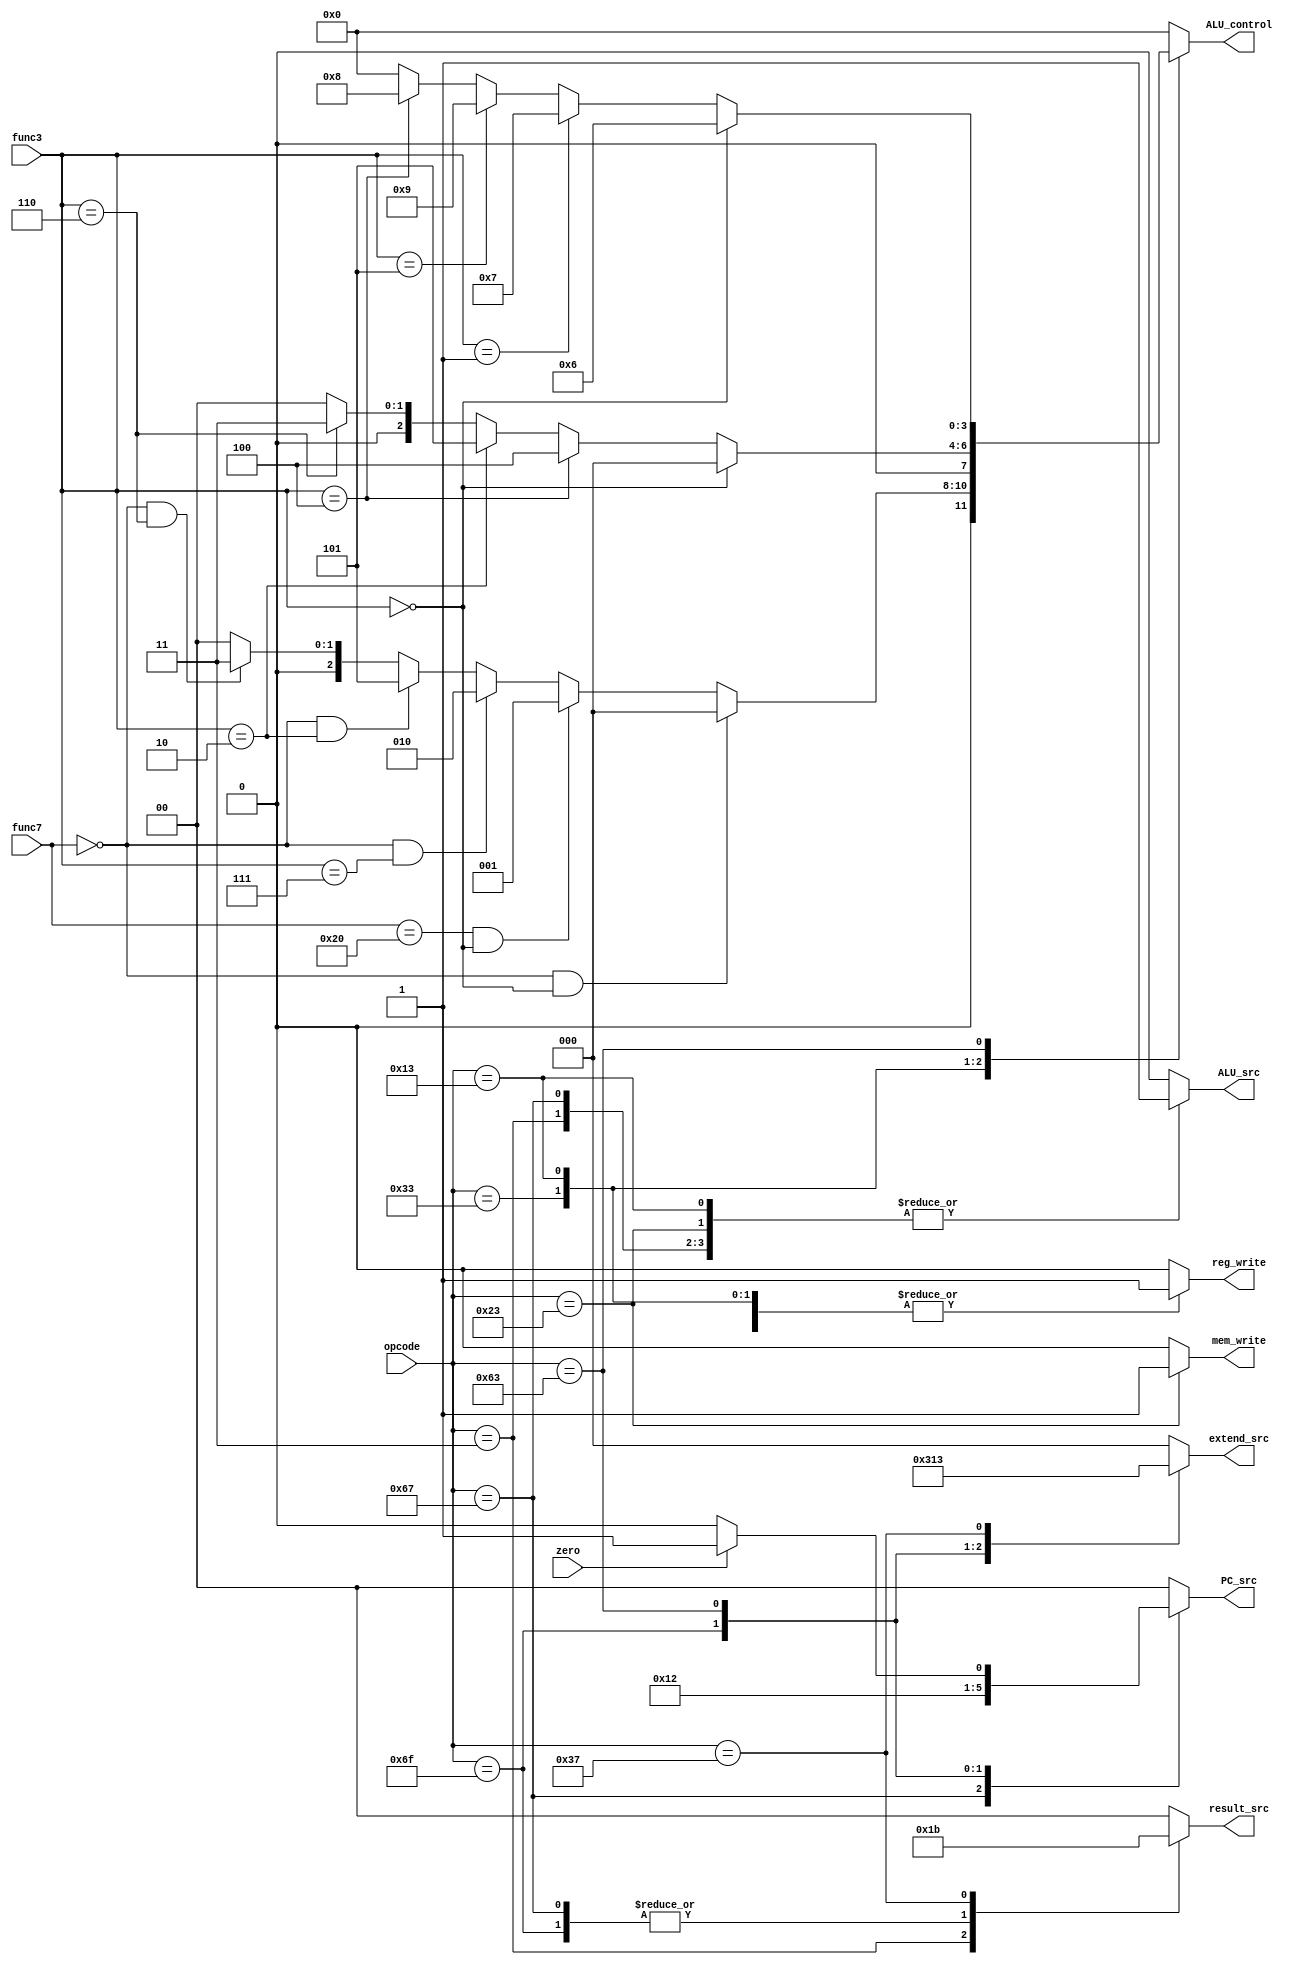
module Controller (
    input [6:0] opcode,
    input [2:0] func3,
    input [6:0] func7,
    input zero,

    output reg [1:0] PC_src,
    output reg [1:0] result_src,
    output reg mem_write,
    output reg [3:0] ALU_control,
    output reg ALU_src,
    output reg [2:0] extend_src,
    output reg reg_write
);
    parameter [6:0]
    R_TYPE = 7'b0110011, //add, sub, and, or, slt
    I_TYPE = 7'b0010011, //addi, xori, ori, slti,
    LW = 7'b0000011,
    JALR = 7'b1100111,
    SW = 7'b0100011,
    JAL = 7'b1101111,
    B_TYPE = 7'b1100011, // beq, bne, blt, bge
    LUI = 7'b0110111;

    parameter [3:0] ADD = 0, SUB = 1, AND = 2, OR = 3, XOR = 4, SLT = 5, beq = 6, bne = 7, blt = 8, bge = 9;
    parameter [2:0] EXTEND_I_TYPE = 0, EXTEND_S_TYPE = 1, EXTEND_B_TYPE = 2, EXTEND_U_TYPE = 3, EXTEND_J_TYPE = 4;

    always @(opcode, func3, func7, zero) begin
        {PC_src,result_src,mem_write,ALU_control,ALU_src,extend_src,reg_write} = 14'b0;

        case (opcode)
            R_TYPE: begin
                reg_write = 1;
                if(func7 == 7'b0 & func3 == 3'b0) // add
                    ALU_control = ADD;
                else if(func7 == 7'b0100000 & func3 == 3'b0)
                    ALU_control = SUB;
                else if(func7 == 7'b0 & func3 == 3'b111)
                    ALU_control = AND;
                else if(func7 == 7'b0 & func3 == 3'b010)
                    ALU_control = SLT;
                else if(func7 == 7'b0 & func3 == 3'b110)
                    ALU_control = OR;
            end
            I_TYPE: begin
                ALU_src = 1;
                reg_write = 1;
                extend_src = EXTEND_I_TYPE;
                if(func3 == 3'b0)
                    ALU_control = ADD;
                else if(func3 == 3'b100)
                    ALU_control = XOR;
                else if(func3 == 3'b010)
                    ALU_control = SLT;
                else if(func3 == 3'b110)
                    ALU_control = OR;
            end
            LW: begin
                result_src = 2'b01;
                ALU_control = ADD;
                ALU_src = 1;
                extend_src = EXTEND_I_TYPE;
                reg_write = 1;
            end
            JALR: begin
                PC_src = 2'b10;
                result_src = 2'b10;
                ALU_control = ADD;
                ALU_src = 1;
                extend_src = EXTEND_I_TYPE;
                reg_write = 1;
            end
            SW: begin
                mem_write = 1;
                ALU_control = ADD;
                ALU_src = 1;
                extend_src = EXTEND_S_TYPE;
            end
            JAL: begin
                PC_src = 2'b01;
                result_src = 2'b10;
                ALU_control = ADD;
                extend_src = EXTEND_J_TYPE;
                reg_write = 1;
            end
            B_TYPE: begin
                if(func3 == 3'b0) 
                    ALU_control = beq;
                else if(func3 == 3'b001)
                    ALU_control = bne;
                else if(func3 == 3'b101)
                    ALU_control = bge;
                else if(func3 == 3'b100)
                    ALU_control = blt;
                
                if(zero)
                    PC_src = 2'b01;

                extend_src = EXTEND_B_TYPE;
            end
            LUI: begin
                result_src = 2'b11;
                extend_src = EXTEND_U_TYPE;
                reg_write = 1;
            end
            default: {PC_src,result_src,mem_write,ALU_control,ALU_src,extend_src,reg_write} = 14'b0;
        endcase
    end
endmodule